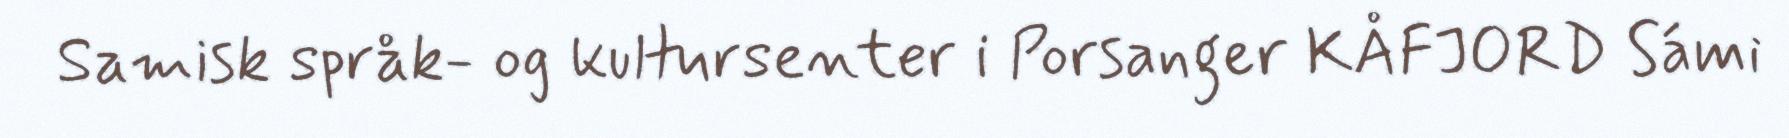
Samisk språk- og kultursenter i Porsanger KÅFJORD Sámi